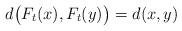
LaTeX: \begin{align*} d\big( F_t (x) , F_t (y) \big) = d ( x, y ) \end{align*}